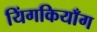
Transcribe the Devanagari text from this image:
यिंगकियाँग